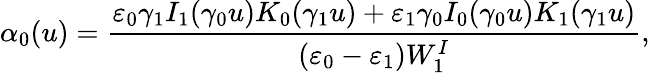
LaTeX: \alpha_{0}(u)=\frac{\varepsilon_{0}\gamma_{1}I_{1}(\gamma_{0}u)K_{0}(\gamma_{1}u)+\varepsilon_{1}\gamma_{0}I_{0}(\gamma_{0}u)K_{1}(\gamma_{1}u)}{\left(\varepsilon_{0}-\varepsilon_{1}\right)W_{1}^{I}},